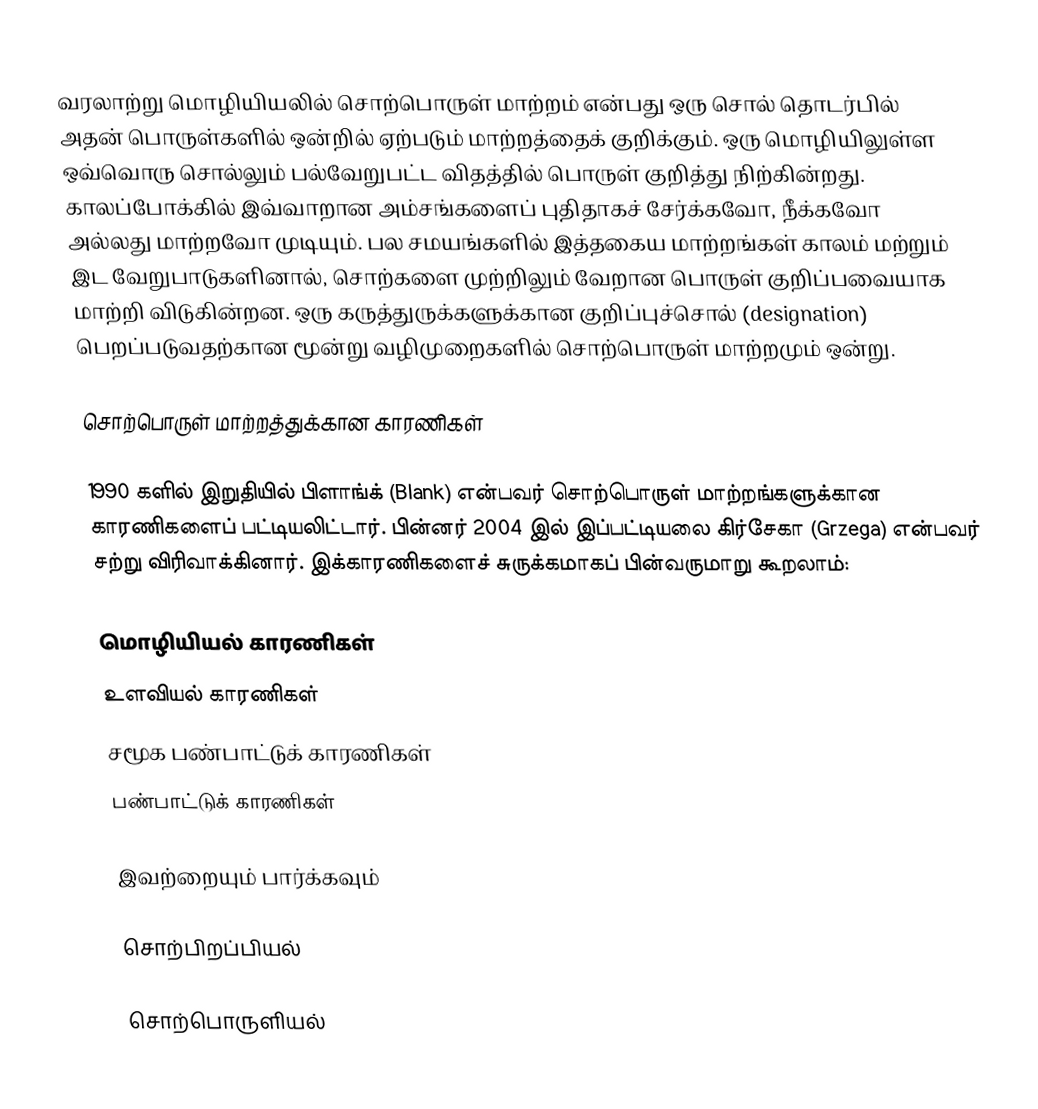
வரலாற்று மொழியியலில் சொற்பொருள் மாற்றம் என்பது ஒரு சொல் தொடர்பில் அதன் பொருள்களில் ஒன்றில் ஏற்படும் மாற்றத்தைக் குறிக்கும். ஒரு மொழியிலுள்ள ஒவ்வொரு சொல்லும் பல்வேறுபட்ட விதத்தில் பொருள் குறித்து நிற்கின்றது. காலப்போக்கில் இவ்வாறான அம்சங்களைப் புதிதாகச் சேர்க்கவோ, நீக்கவோ அல்லது மாற்றவோ முடியும். பல சமயங்களில் இத்தகைய மாற்றங்கள் காலம் மற்றும் இட வேறுபாடுகளினால், சொற்களை முற்றிலும் வேறான பொருள் குறிப்பவையாக மாற்றி விடுகின்றன. ஒரு கருத்துருக்களுக்கான குறிப்புச்சொல் (designation) பெறப்படுவதற்கான மூன்று வழிமுறைகளில் சொற்பொருள் மாற்றமும் ஒன்று.

சொற்பொருள் மாற்றத்துக்கான காரணிகள்

1990 களில் இறுதியில் பிளாங்க் (Blank) என்பவர் சொற்பொருள் மாற்றங்களுக்கான காரணிகளைப் பட்டியலிட்டார். பின்னர் 2004 இல் இப்பட்டியலை கிர்சேகா (Grzega) என்பவர் சற்று விரிவாக்கினார். இக்காரணிகளைச் சுருக்கமாகப் பின்வருமாறு கூறலாம்:

 மொழியியல் காரணிகள்
 உளவியல் காரணிகள்
 சமூக பண்பாட்டுக் காரணிகள்
 பண்பாட்டுக் காரணிகள்

இவற்றையும் பார்க்கவும்

 சொற்பிறப்பியல்

சொற்பொருளியல்